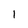
Character: l